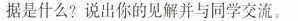
据是什么?说出你的见解并与同学交流。